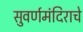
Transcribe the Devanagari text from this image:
सुवर्णमंदिराचे